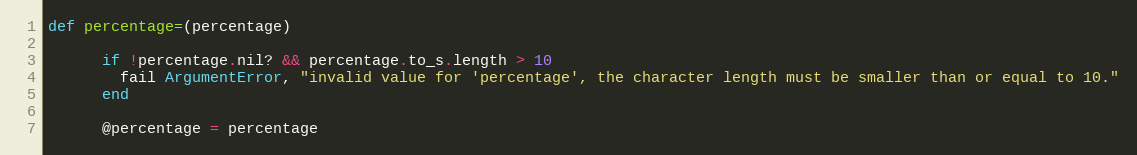
Language: Ruby
def percentage=(percentage)

      if !percentage.nil? && percentage.to_s.length > 10
        fail ArgumentError, "invalid value for 'percentage', the character length must be smaller than or equal to 10."
      end

      @percentage = percentage